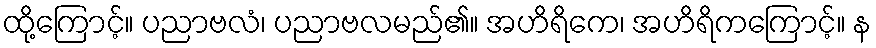
ထို့ကြောင့်။ ပညာဗလံ၊ ပညာဗလမည်၏။ အဟိရိကေ၊ အဟိရိကကြောင့်။ န